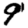
Digit: 9